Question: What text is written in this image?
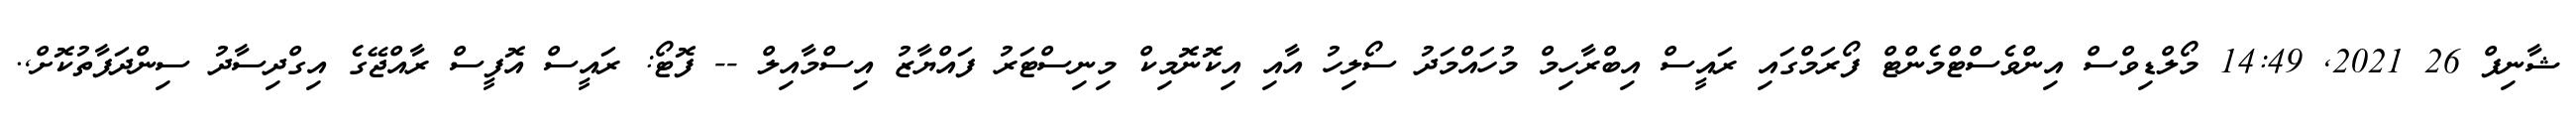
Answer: ޝާނިފް 26 2021, 14:49 މޯލްޑިވްސް އިންވެސްޓްމެންޓް ފޯރަމްގައި ރައީސް އިބްރާހިމް މުހައްމަދު ސޯލިހު އާއި އިކޮނޮމިކް މިނިސްޓަރު ފައްޔާޒު އިސްމާއިލް -- ފޮޓޯ: ރައީސް އޮފީސް ރާއްޖޭގެ އިގްދިސާދު ސިންދަފާތުކޮށް,.